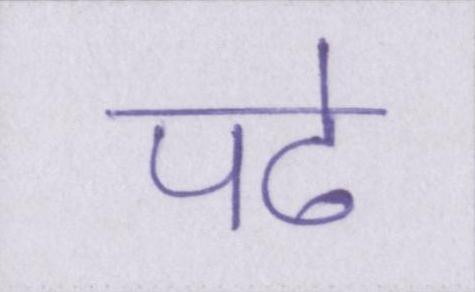
पढे